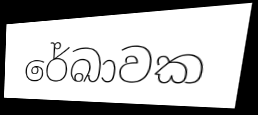
රේඛාවක